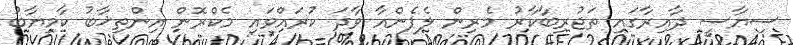
ސިޔާސީ ދާއިރާގައި ތަޖުރިބާކާރު މެރިން ލެޕެންއާ ވާދަ ކުރައްވައި މެކްރޮން އިންތިޚާބު ކާމިޔާބު